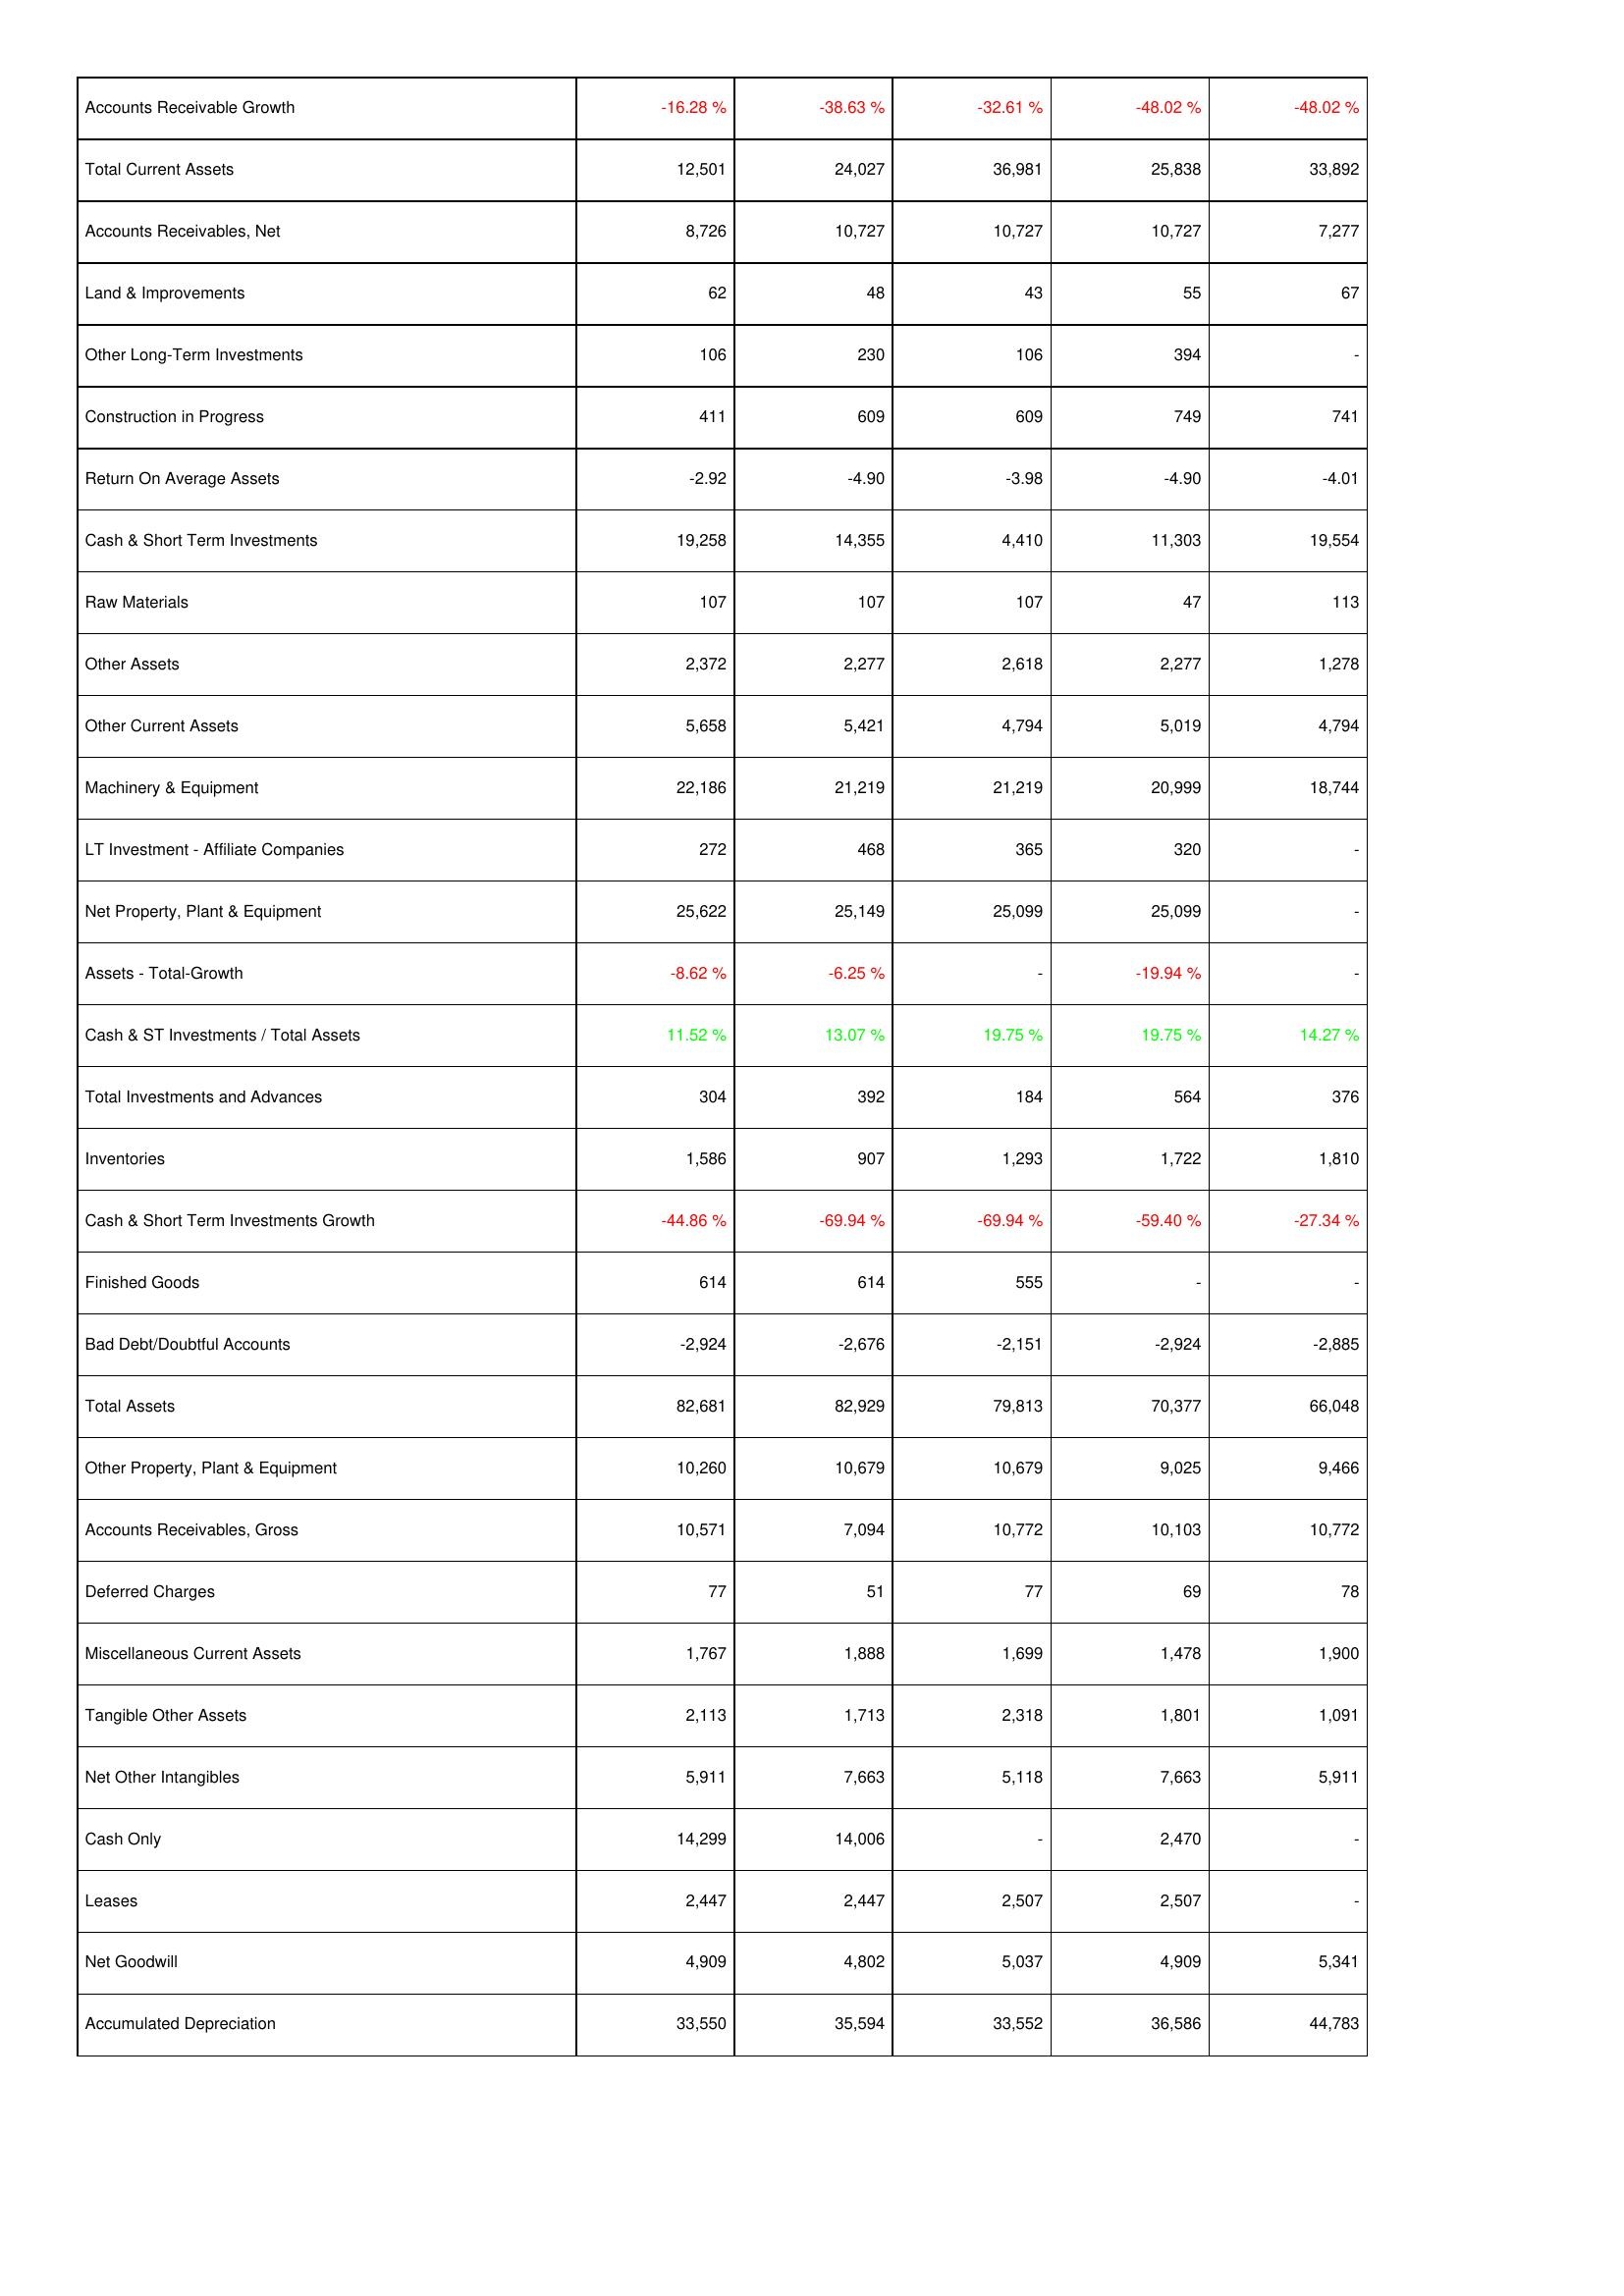
2018: Assets: Accounts Receivable Growth: -16.28 %
Total Current Assets: 12,501
Accounts Receivables, Net: 8,726
Land & Improvements: 62
Other Long-Term Investments: 106
Construction in Progress: 411
Return On Average Assets: -2.92
Cash & Short Term Investments: 19,258
Raw Materials: 107
Other Assets: 2,372
Other Current Assets: 5,658
Machinery & Equipment: 22,186
LT Investment - Affiliate Companies: 272
Net Property, Plant & Equipment: 25,622
Assets - Total-Growth: -8.62 %
Cash & ST Investments / Total Assets: 11.52 %
Total Investments and Advances: 304
Inventories: 1,586
Cash & Short Term Investments Growth: -44.86 %
Finished Goods: 614
Bad Debt/Doubtful Accounts: -2,924
Total Assets: 82,681
Other Property, Plant & Equipment: 10,260
Accounts Receivables, Gross: 10,571
Deferred Charges: 77
Miscellaneous Current Assets: 1,767
Tangible Other Assets: 2,113
Net Other Intangibles: 5,911
Cash Only: 14,299
Leases: 2,447
Net Goodwill: 4,909
Accumulated Depreciation: 33,550
2017: Assets: Accounts Receivable Growth: -38.63 %
Total Current Assets: 24,027
Accounts Receivables, Net: 10,727
Land & Improvements: 48
Other Long-Term Investments: 230
Construction in Progress: 609
Return On Average Assets: -4.90
Cash & Short Term Investments: 14,355
Raw Materials: 107
Other Assets: 2,277
Other Current Assets: 5,421
Machinery & Equipment: 21,219
LT Investment - Affiliate Companies: 468
Net Property, Plant & Equipment: 25,149
Assets - Total-Growth: -6.25 %
Cash & ST Investments / Total Assets: 13.07 %
Total Investments and Advances: 392
Inventories: 907
Cash & Short Term Investments Growth: -69.94 %
Finished Goods: 614
Bad Debt/Doubtful Accounts: -2,676
Total Assets: 82,929
Other Property, Plant & Equipment: 10,679
Accounts Receivables, Gross: 7,094
Deferred Charges: 51
Miscellaneous Current Assets: 1,888
Tangible Other Assets: 1,713
Net Other Intangibles: 7,663
Cash Only: 14,006
Leases: 2,447
Net Goodwill: 4,802
Accumulated Depreciation: 35,594
2016: Assets: Accounts Receivable Growth: -32.61 %
Total Current Assets: 36,981
Accounts Receivables, Net: 10,727
Land & Improvements: 43
Other Long-Term Investments: 106
Construction in Progress: 609
Return On Average Assets: -3.98
Cash & Short Term Investments: 4,410
Raw Materials: 107
Other Assets: 2,618
Other Current Assets: 4,794
Machinery & Equipment: 21,219
LT Investment - Affiliate Companies: 365
Net Property, Plant & Equipment: 25,099
Assets - Total-Growth: -
Cash & ST Investments / Total Assets: 19.75 %
Total Investments and Advances: 184
Inventories: 1,293
Cash & Short Term Investments Growth: -69.94 %
Finished Goods: 555
Bad Debt/Doubtful Accounts: -2,151
Total Assets: 79,813
Other Property, Plant & Equipment: 10,679
Accounts Receivables, Gross: 10,772
Deferred Charges: 77
Miscellaneous Current Assets: 1,699
Tangible Other Assets: 2,318
Net Other Intangibles: 5,118
Cash Only: -
Leases: 2,507
Net Goodwill: 5,037
Accumulated Depreciation: 33,552
2015: Assets: Accounts Receivable Growth: -48.02 %
Total Current Assets: 25,838
Accounts Receivables, Net: 10,727
Land & Improvements: 55
Other Long-Term Investments: 394
Construction in Progress: 749
Return On Average Assets: -4.90
Cash & Short Term Investments: 11,303
Raw Materials: 47
Other Assets: 2,277
Other Current Assets: 5,019
Machinery & Equipment: 20,999
LT Investment - Affiliate Companies: 320
Net Property, Plant & Equipment: 25,099
Assets - Total-Growth: -19.94 %
Cash & ST Investments / Total Assets: 19.75 %
Total Investments and Advances: 564
Inventories: 1,722
Cash & Short Term Investments Growth: -59.40 %
Finished Goods: -
Bad Debt/Doubtful Accounts: -2,924
Total Assets: 70,377
Other Property, Plant & Equipment: 9,025
Accounts Receivables, Gross: 10,103
Deferred Charges: 69
Miscellaneous Current Assets: 1,478
Tangible Other Assets: 1,801
Net Other Intangibles: 7,663
Cash Only: 2,470
Leases: 2,507
Net Goodwill: 4,909
Accumulated Depreciation: 36,586
2014: Assets: Accounts Receivable Growth: -48.02 %
Total Current Assets: 33,892
Accounts Receivables, Net: 7,277
Land & Improvements: 67
Other Long-Term Investments: -
Construction in Progress: 741
Return On Average Assets: -4.01
Cash & Short Term Investments: 19,554
Raw Materials: 113
Other Assets: 1,278
Other Current Assets: 4,794
Machinery & Equipment: 18,744
LT Investment - Affiliate Companies: -
Net Property, Plant & Equipment: -
Assets - Total-Growth: -
Cash & ST Investments / Total Assets: 14.27 %
Total Investments and Advances: 376
Inventories: 1,810
Cash & Short Term Investments Growth: -27.34 %
Finished Goods: -
Bad Debt/Doubtful Accounts: -2,885
Total Assets: 66,048
Other Property, Plant & Equipment: 9,466
Accounts Receivables, Gross: 10,772
Deferred Charges: 78
Miscellaneous Current Assets: 1,900
Tangible Other Assets: 1,091
Net Other Intangibles: 5,911
Cash Only: -
Leases: -
Net Goodwill: 5,341
Accumulated Depreciation: 44,783